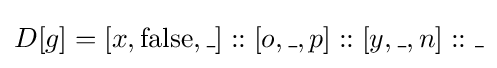
D[g]=[x,\operatorname {false} ,\_]::[o,\_,p]::[y,\_,n]::\_